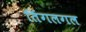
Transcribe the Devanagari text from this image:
तिंगलगल